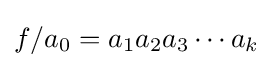
f/a_{0}=a_{1}a_{2}a_{3}\cdots a_{k}